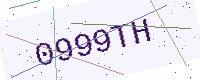
Text: 0999TH